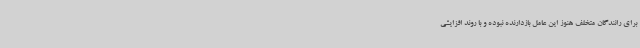
برای رانندگان متخلف هنوز این عامل بازدارنده نبوده و با روند افزایشی